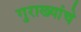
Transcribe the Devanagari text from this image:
गुराख्यांचे